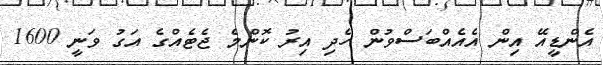
އެންޑީއޭ އިން އެއެއްބަސްވުން ހެދި އިރު ކޮންމެ ޖެޓެއްގެ އަގު ވަނީ 1600